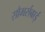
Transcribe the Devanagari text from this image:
सौमर्सबाई